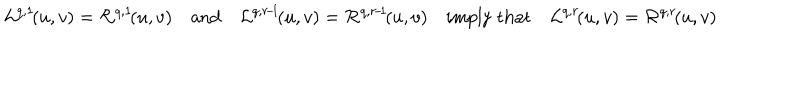
{ \cal L } ^ { q , 1 } \! ( u , v ) = { \cal R } ^ { q , 1 } \! ( u , v ) \quad \mathrm { a n d } \quad { \cal L } ^ { q , r \! - \! 1 } \! ( u , v ) = { \cal R } ^ { q , r \! - \! 1 } \! ( u , v ) \quad \mathrm { i m p l y ~ t h a t } \quad { \cal L } ^ { q , r } \! ( u , v ) = { \cal R } ^ { q , r } \! ( u , v )